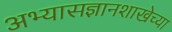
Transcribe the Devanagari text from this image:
अभ्यासज्ञानशाखेच्या